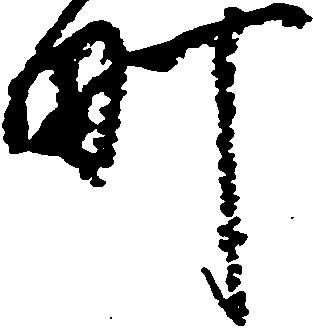
町